Insane asylums in Bengal annual reports 1876-1887 - 1876-1887
Year: 1876
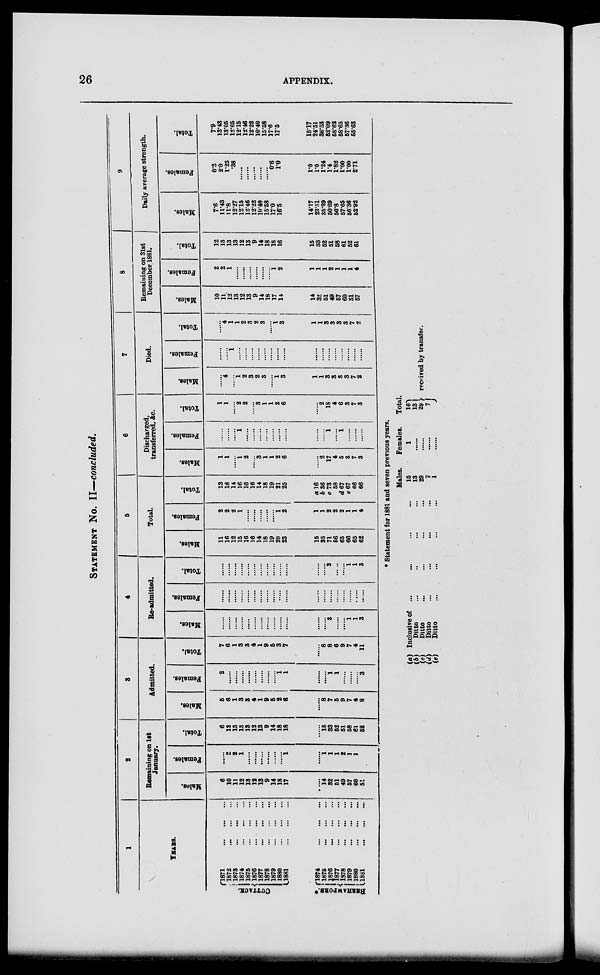
26
APPENDIX.
STATEMENT No. II—concluded.
1
YEARS.
CUTTACK.
BHRHAMP ORE .*
1871 ... ...
...
1872
...
...
...
1873
...
...
...
1874
...
...
...
1875
...
...
...
1876
...
...
...
1877 ... ... ...
1878
...
...
...
1879
...
...
...
1880
...
...
...
1881
...
...
...
1874
...
...
...
1875
...
...
...
1876
...
...
...
1877
...
...
...
1878
...
...
...
1879
...
...
...
1880
...
...
...
1881
...
...
...
2
Remaining on 1st
January.
Males.
6
10
11
12
13
12
13
9
14
18
17
......
14
32
51
49
57
60
52
Females.
......
2
2
1
......
......
......
......
......
......
1
......
1
1
1
2
1
1
......
Total.
6
12
13
13
13
12
13
9
14
18
18
......
15
33
52
51
58
61
52
Admitted.
Males.
5
6
1
3
3
4
1
9
5
2
6
......
8
7
5
9
7
4
8
Females.
2
......
......
......
......
......
......
......
......
1
1
......
......
1
1
......
......
......
3
Total.
7
6
1
3
3
4
1
9
5
3
7
......
8
8
6
9
7
4
11
4
Re-admitted.
Males.
......
......
......
......
......
......
......
......
......
......
......
......
......
3
......
......
1
1
3
Females.
......
......
......
......
......
......
......
......
......
......
......
......
......
......
......
......
......
.....
......
Total.
......
......
......
......
......
......
......
......
......
......
......
......
......
3
......
......
1 1
3
5
Total.
Males.
11
16
12
15
16
16
14
18
19
20
23
15
35
71
56
65
66
65
62
Females.
2
2
2
1
......
......
......
......
......
1
2
1
1
2
2
2
1
1
4
Total.
13
18
14
16
16
16
14
18
19
21
25
a 16
b 36
c 73
58
d 67
e 67
66
66
6
Discharged,
transferred, &c.
Males.
1
1
......
1
2
......
3
1
1
2
6
......
2
17
4
5
3
7
3
Females.
......
......
......
1
......
......
......
......
......
......
......
......
......
1
......
1
......
......
......
Total.
1
1
......
2
2
......
3
1
1
2
6
......
2
18
4
6
3
7
3
7
Died.
Males.
......
4
......
1
2
3
22
3
......
1
3
1
1
3
3
3
3
7
2
Females.
......
......
1
......
......
......
......
......
......
......
......
......
......
......
......
......
......
......
......
Total.
.......
4
1
1
2
3
22
3
......
1
3
1
1
3
3
3
3
7
2
8
Remaining on 31st
December 1881.
Males.
10
11
12
13
12
13
9
14
18
17
14
14
32
51
49
57
60
51
57
Females.
2
2
1
......
......
......
......
......
......
1
2
1
1
1
2
1
1
1
4
Total.
12
13
13
13
12
13
9
14
18
18
16
15
33
52
51
58
61
52
61
9
Daily average strength.
Males.
7.6
11.43
11.8
12.27
12.15
12.46
12.22
10.40
15.58
17.0
16.5
14.17
23.51
35.29
50.69
56.8
57.65
56.36
52.92
Females.
0.3
2.0
1.25
.38
......
......
......
......
......
0.6
1.0
1.0
1.0
1.24
1.4
1.82
1.00
1.00
2.71
Total.
7.9
13.43
13.05
12.65
12.15
12.46
12.22
10.40
15.58
17.6
17.5
15.17
24.51
36.53
52.09
58.62
58.65
57.36
55.63
* Statement for 1881 and seven previous years.
(a)
(b)
(c)
(d)
(e)
Inclusive of ... ... ... ...
Ditto ... ... ... ...
Ditto ... ... ... ...
Ditto ... ... ... ...
Ditto ... ... ... ...
Males.
15
13
29
7
1
Females.
1
......
......
......
......
Total.
16
13
29
7
received by transfer.